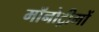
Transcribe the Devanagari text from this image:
मॉनोट्रीमों